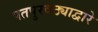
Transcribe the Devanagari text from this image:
पतपुरवठ्याद्वारे